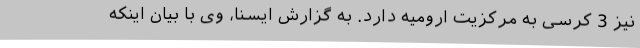
نیز 3 کرسی به مرکزیت ارومیه دارد. به گزارش ایسنا، وی با بیان اینکه